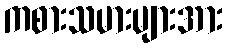
ကစားသမားများအား